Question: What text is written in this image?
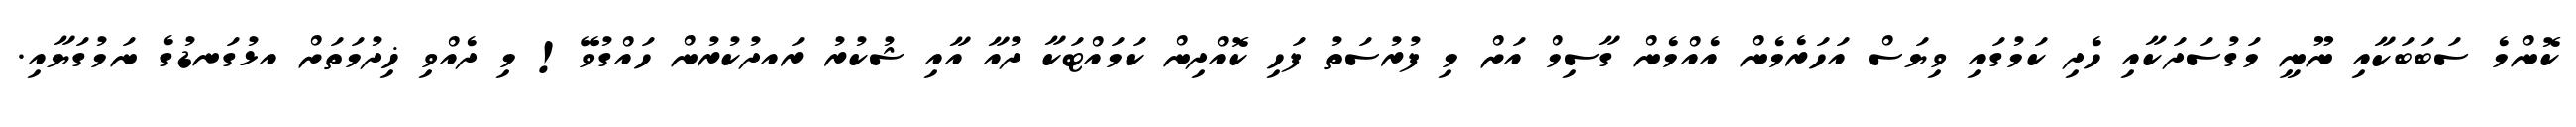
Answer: ކޮންމެ ސަބަބަކާއި ނޫނީ މަގުސަދަކާއި ހެދި ކަމުގައި ވިޔަސް އަހަރެމެން އެއްމެން ގާސިމް އަށް މި ފުރުސަތު ފަހި ކޮއްދިން ކަމައްޓަކާ ދުއާ އާއި ޝުކުރު ރައދުކުރުން ހައްގުވޭ! މި ދެއްވި ޚިދުމަތަށް އޅުގަނޑުގެ ނަމުގަޔާއި.